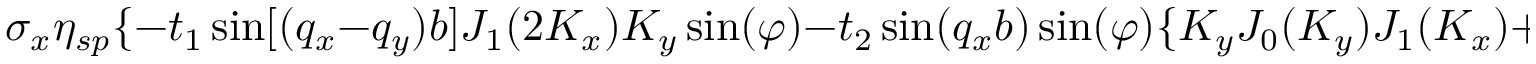
\sigma _ { x } \eta _ { s p } \{ - t _ { 1 } \sin [ ( q _ { x } - q _ { y } ) b ] J _ { 1 } ( 2 K _ { x } ) K _ { y } \sin ( \varphi ) - t _ { 2 } \sin ( q _ { x } b ) \sin ( \varphi ) \{ K _ { y } J _ { 0 } ( K _ { y } ) J _ { 1 } ( K _ { x } ) + K _ { x } J _ { 1 } ( K _ { y } ) J _ { 2 } ( K _ { x } ) -